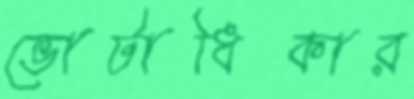
ভোটাধিকার